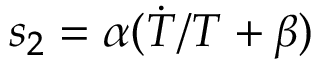
s _ { 2 } = \alpha ( \dot { T } / T + \beta )